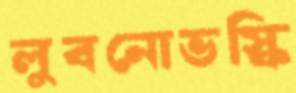
লুবনোভস্কি